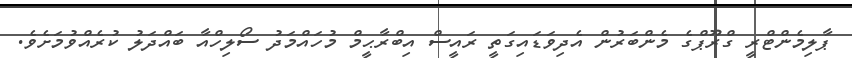
ޕާލިމެންޓްރީ ގްރޫޕްގެ މެންބަރުން އެދިވަޑައިގަތީ ރައީސް އިބްރާޙީމް މުހައްމަދު ސޯލިހްއާ ބައްދަލު ކުރެއްވުމަށެވެ.